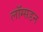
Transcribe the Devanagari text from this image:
लॉग्सडन